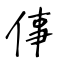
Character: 倳